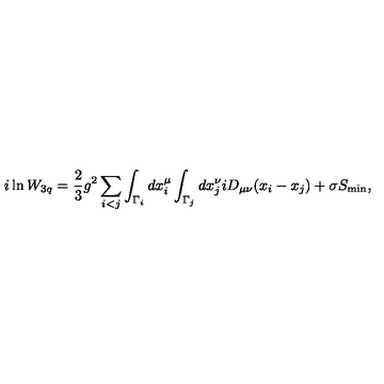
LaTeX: i \ln W _ { 3 q } = \frac { 2 } { 3 } g ^ { 2 } \sum _ { i < j } \int _ { \Gamma _ { i } } d x _ { i } ^ { \mu } \int _ { \Gamma _ { j } } d x _ { j } ^ { \nu } i D _ { \mu \nu } ( x _ { i } - x _ { j } ) + \sigma S _ { \min } ,